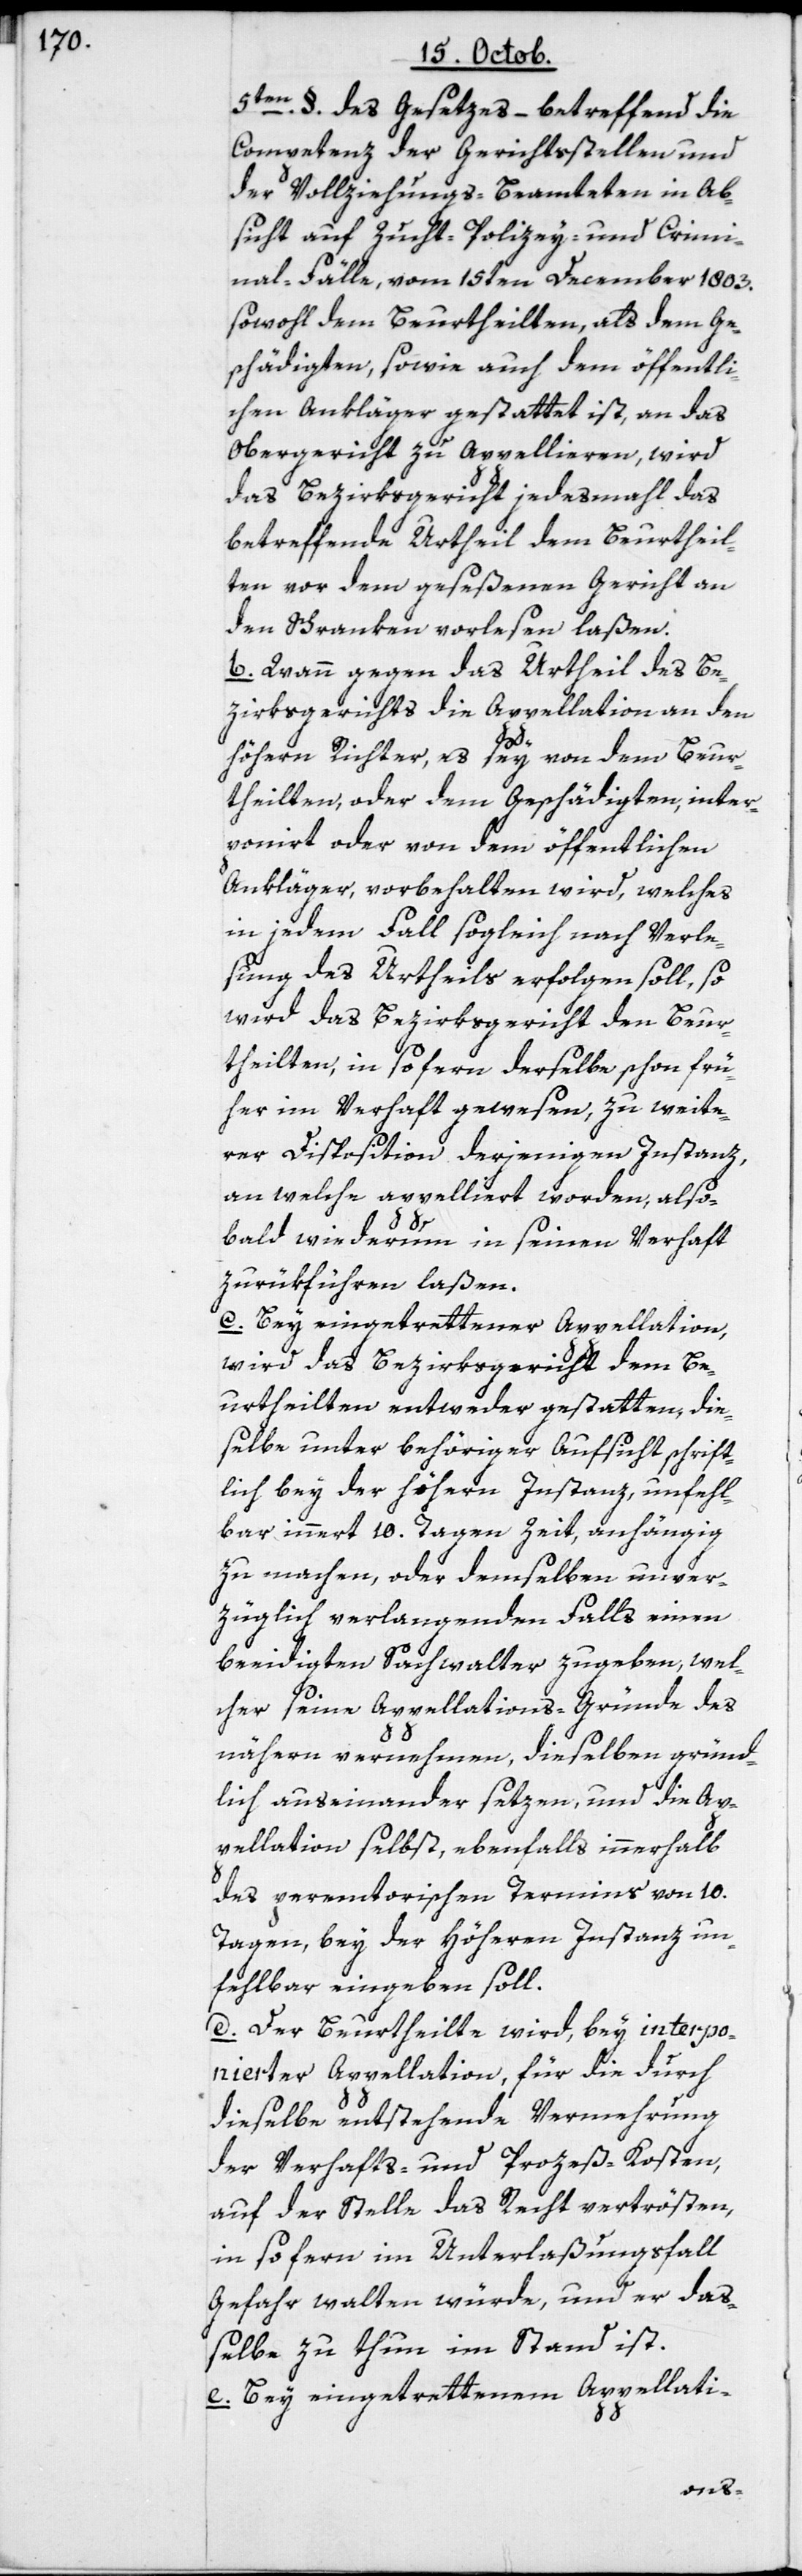
5ten. §. des Gesetzes, – betreffend die
Competenz der Gerichtsstellen und
der Vollziehungs-Beamteten in Ab¬
sicht auf Zucht-, Polizey- und Crimi¬
nal-Fälle, vom 15ten December 1803.
sowohl dem Beurtheilten, als dem Ge¬
schädigten, sowie auch dem öffentli¬
chen Ankläger gestattet ist, an das
Obergericht zu Appellieren, wird
das Bezirksgericht jedesmahl das
betreffende Urtheil dem Beurtheil¬
ten vor dem geseßenen Gericht an
den Schranken vorlesen laßen.
b) Wann gegen das Urtheil des Be¬
zirksgerichts die Appellation an den
höheren Richter, es sey von dem Beur¬
theilten oder dem Geschädigten, inter¬
poniert oder von dem öffentlichen
Ankläger vorbehalten wird, welches
in jedem Fall sogleich nach Verle¬
sung des Urtheils erfolgen soll, so
wird das Bezirksgericht den Beur¬
theilten, in so fern derselbe schon frü¬
her im Verhaft gewesen, zu weite¬
rer Disposition derjenigen Instanz,
an welche appelliert worden, also¬
bald wiederum in seinen Verhaft
zurükführen laßen.
c) Bey eingetrettener Appellation,
wird das Bezirksgericht dem Be¬
urtheilten entweder gestatten, die¬
selbe unter behöriger Aufsicht schrift¬
lich bey der höhern Instanz, unfehl¬
bar innert 10. Tagen Zeit, anhängig
zu machen, oder demselben unver¬
züglich verlangenden Falls einen
beeidigten Sachwalter zugeben, wel¬
cher seine Appellations-Gründe des
nähern vernehmen, dieselben gründ¬
lich auseinander setzen, und die Ap¬
pellation selbst, ebenfalls innerhalb
des peremtorischen Termins von 10.
Tagen, bey der höheren Instanz un¬
fehlbar eingeben soll.
d) Der Beurtheilte wird, bey interpo¬
nierter Appellation, für die durch
dieselbe entstehende Vermehrung
der Verhafts- und Prozeß-Kosten,
auf der Stelle das Recht vertrösten,
insofern im Unterlaßungsfall
Gefahr walten würde, und er daß¬
elbe zu thun im Stand ist.
e) Bey eingetrettenem Appellati-